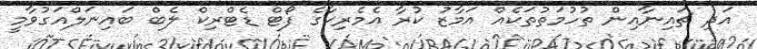
އަދި ޗައިނާއިން ތުހުމަތުތަކެއް އަމާޒު ކުރާ އެމެރިކާގެ ފޯޓް ޑެޓްރިކް ލެބް ބައިނަލްއަގުވާމީ